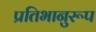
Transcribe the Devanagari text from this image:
प्रतिभानुरूप